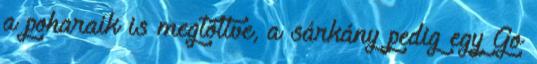
a poharaik is megtöltve, a sárkány pedig egy Go